Report on vaccination North-West Frontier Province 1904-1922 - 1904-1922
Year: 1904
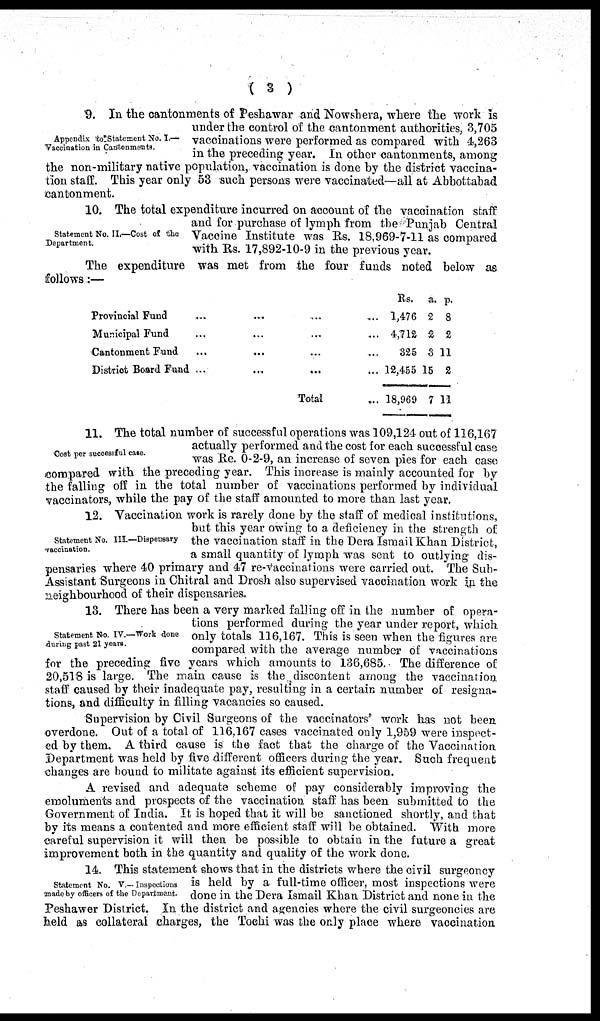
( 3 )
Appendix to Statement No. I.—
Vaccination in Cantonments
9. In the cantonments of Peshawar and Nowshera, where the work is
under the control of the cantonment authorities, 3,705
vaccinations were performed as compared with 4,263
in the preceding year. In other cantonments, among
the non-military native population, vaccination is done by the district vaccina-
tion staff. This year only 53 such persons were vaccinated—all at Abbottabad
cantonment.
Statement No. II.—Cost of the
Department.
10. The total expenditure incurred on account of the vaccination staff
and for purchase of lymph from the Punjab Central
Vaccine Institute was Rs. 18,969-7-11 as compared
with Rs. 17,892-10-9 in the previous year.
The expenditure was met from the four funds noted below as
follows:—
Provincial Fund ... ... ... ...
Municipal Fund ... ... ... ...
Cantonment Fund ... ... ... ...
District Board Fund ... ... ... ...
Total ...
Rs.
1,476
4,712
325
12,455
18,969
a.
2
2
3
15
7
p.
8
2
11
2
11
Cost per successful case.
11. The total number of successful operations was 109,124 out of 116,167
actually performed and the cost for each successful case
was Re. 0-2-9, an increase of seven pies for each case
compared with the preceding year. This increase is mainly accounted for by
the falling off in the total number of vaccinations performed by individual
vaccinators, while the pay of the staff amounted to more than last year.
Statement No. III.—Dispensary
vaccination.
12. Vaccination work is rarely done by the staff of medical institutions,
but this year owing to a deficiency in the strength of
the vaccination staff in the Dera Ismail Khan District,
a small quantity of lymph was sent to outlying dis-
pensaries where 40 primary and 47 re-vaccinations were carried out. The Sub-
Assistant Surgeons in Chitral and Drosh also supervised vaccination work in the
neighbourhood of their dispensaries.
Statement No. IV.—Work done
during past 21 years.
13. There has been a very marked falling off in the number of opera-
tions performed during the year under report, which
only totals 116,167. This is seen when the figures are
compared with the average number of vaccinations
for the preceding five years which amounts to 136,685. The difference of
20,518 is large. The main cause is the discontent among the vaccination
staff caused by their inadequate pay, resulting in a certain number of resigna-
tions, and difficulty in filling vacancies so caused.
Supervision by Civil Surgeons of the vaccinators' work has not been
overdone. Out of a total of 116,167 cases vaccinated only 1,959 were inspect-
ed by them. A third cause is the fact that the charge of the Vaccination
Department was held by five different officers during the year. Such frequent
changes are hound to militate against its efficient supervision.
A revised and adequate scheme of pay considerably improving the
emoluments and prospects of the vaccination staff has been submitted to the
Government of India. It is hoped that it will be sanctioned shortly, and that
by its means a contented and more efficient staff will be obtained. With more
careful supervision it will then be possible to obtain in the future a great
improvement both in the quantity and quality of the work done.
Statement No. V.— Inspections
made by officers of the Department.
14. This statement shows that in the districts where the civil surgeoncy
is held by a full-time officer, most inspections were
done in the Dera Ismail Khan District and none in the
Peshawer District. In the district and agencies where the civil surgeoncies are
held as collateral charges, the Tochi was the only place where vaccination